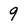
Character: 9